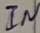
Text: IN